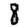
Digit: 8